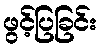
ဖွင့်ပြခြင်း